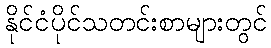
နိုင်ငံပိုင်သတင်းစာများတွင်